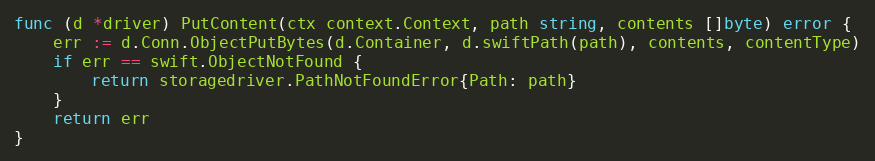
Language: Go
func (d *driver) PutContent(ctx context.Context, path string, contents []byte) error {
	err := d.Conn.ObjectPutBytes(d.Container, d.swiftPath(path), contents, contentType)
	if err == swift.ObjectNotFound {
		return storagedriver.PathNotFoundError{Path: path}
	}
	return err
}